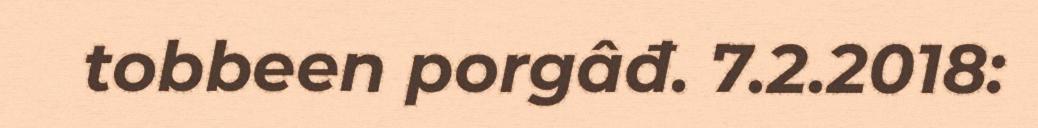
tobbeen porgâđ. 7.2.2018: